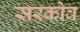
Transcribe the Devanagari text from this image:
सरकोव